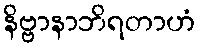
နိဗ္ဗာနာဘိရတာဟံ